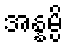
အန္နမ္ပိ